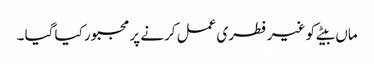
ماں بیٹے کو غیر فطری عمل کرنے پر مجبور کیا گیا ۔